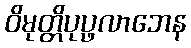
ဝိမုတ္တိပုပ္ဖလာဘေန